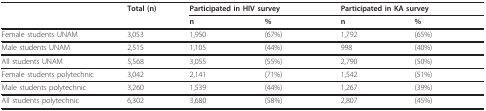
|  | Total (n) | <COLSPAN=2> Participated in HIV survey | <COLSPAN=2> Participated in KA survey |
 |  |  | n | % | n | % |
 | --- | --- | --- | --- | --- | --- |
 | Female students UNAM | 3,053 | 1,950 | (67%) | 1,792 | (65%) |
 | Male students UNAM | 2,515 | 1,105 | (44%) | 998 | (40%) |
 | All students UNAM | 5,568 | 3,055 | (55%) | 2,790 | (50%) |
 | Female students polytechnic | 3,042 | 2,141 | (71%) | 1,542 | (51%) |
 | Male students polytechnic | 3,260 | 1,539 | (44%) | 1,267 | (39%) |
 | All students polytechnic | 6,302 | 3,680 | (58%) | 2,807 | (45%) |